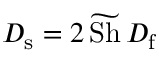
D _ { \mathrm { s } } = 2 \, \widetilde { \mathrm { S h } } \, D _ { \mathrm { f } }